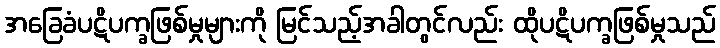
အခြေခံပဋိပက္ခဖြစ်မှုများကို မြင်သည့်အခါတွင်လည်း ထိုပဋိပက္ခဖြစ်မှုသည်